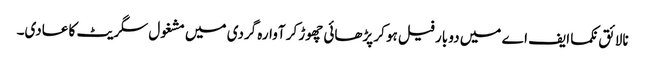
نالائق نکما ایف اے میں دو بار فیل ہو کر پڑھائی چھوڑ کر آوارہ گردی میں مشغول سگریٹ کا عادی۔